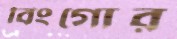
বিংগোর